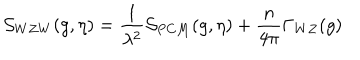
{ \cal S } _ { W Z W } ( g , \eta ) = { \frac { 1 } { \lambda ^ { 2 } } } { \cal S } _ { P C M } ( g , \eta ) + { \frac { n } { 4 \pi } } \Gamma _ { W Z } ( g )